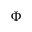
\Phi